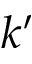
k ^ { \prime }